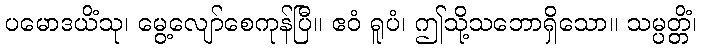
ပမောဒယိံသု၊ မွေ့လျော်စေကုန်ပြီ။ ဧဝံ ရူပံ၊ ဤသို့သဘောရှိသော။ သမ္ပတ္တိံ၊